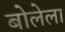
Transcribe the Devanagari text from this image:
बोलेला